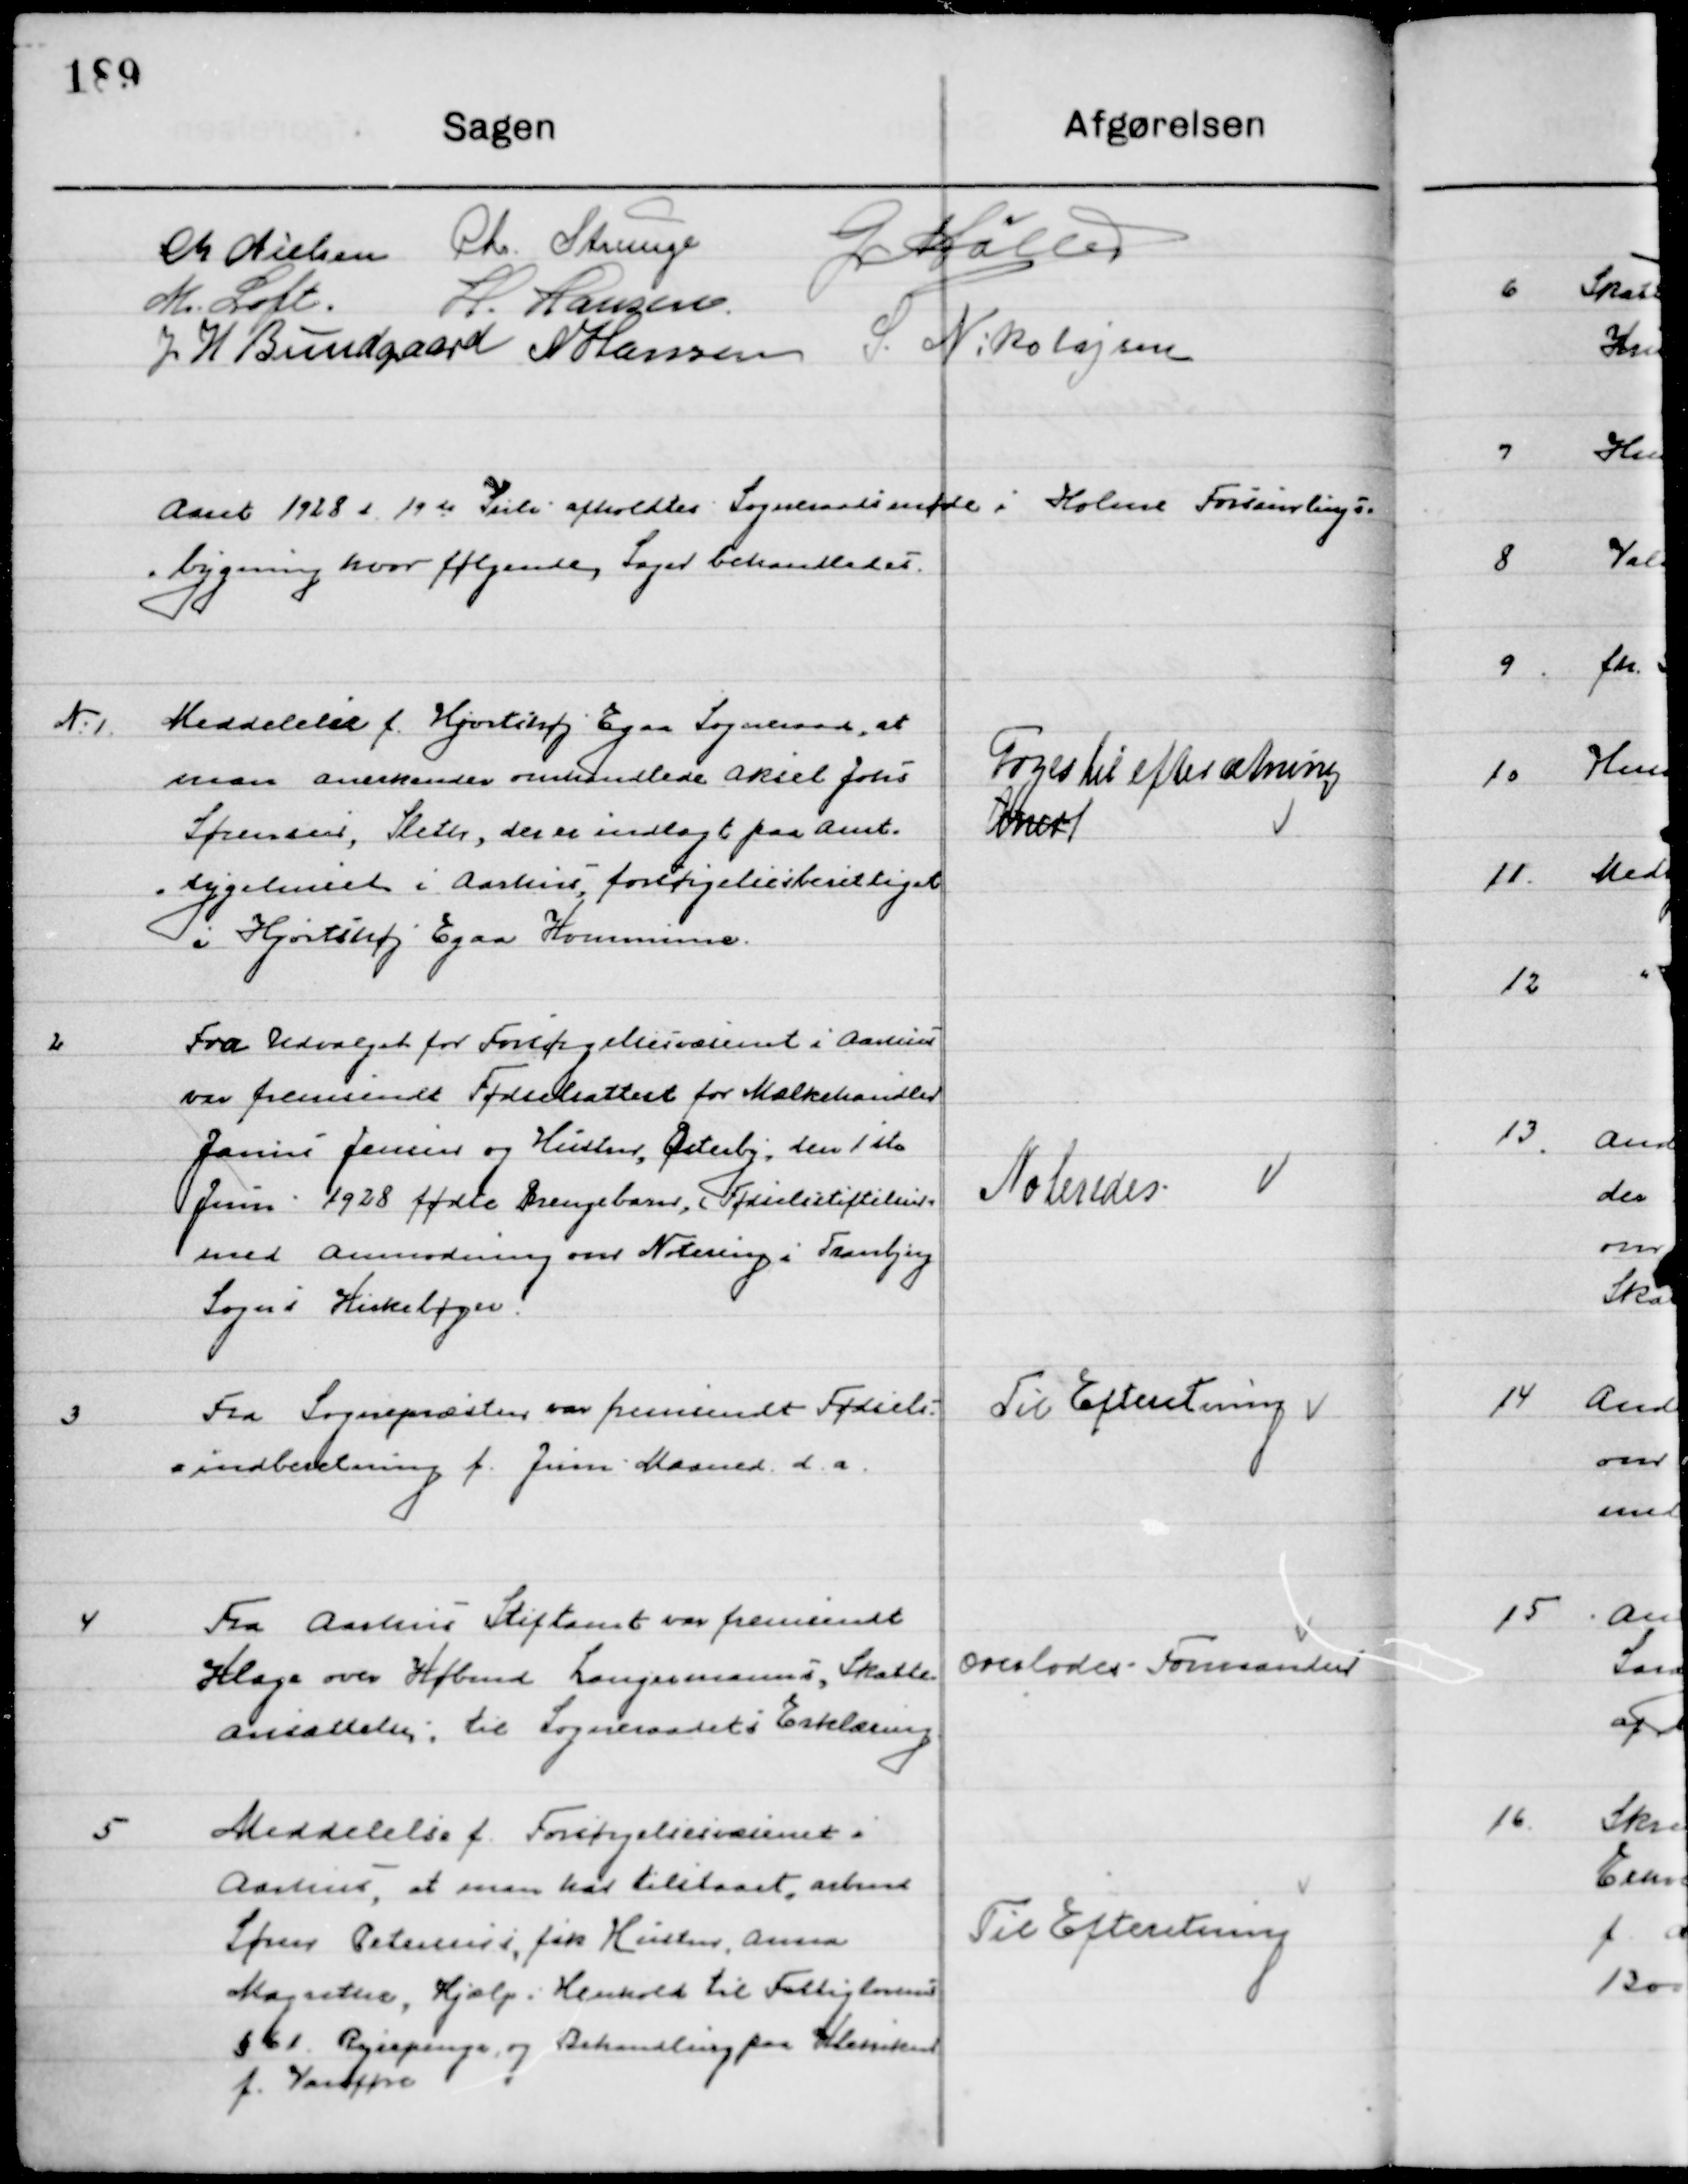
Transskription:
M. Nielsen
Chr. Strunge
G. Møller
M. Loft
H. Hansen
J. H. Bundgaard
N. Hansen
S. Nikolajsen

Aaret 1928 d. 19de juli afholdt Sogneraadsmøde i Holme Forsamlings-
bygning hvor følgende Sager behandledes.

1

Meddelelse f. Hjortshøj Egaa Sogneraad, at
at man anerkender omhandlede Aksel Johs,
Sørensen, Sleth, der er indlagt paa Amt-
sygehuset i Aarhus forsørgelsesberettiget 
i Hjortshøj Egaa Kommune.

Toges til efterretning
med

2

Fra Udvalget for Forsørgelsesvæsenet i Aarhus
var fremsendt Fødselsattest for Mælkehandler
Johannes Jensen og hustru Østerby, den 1ste
Juni 1928 fødte Drengebarn i Fødselsstiftelsen
Med Anmodning om Notering i Tranbjerg 
Sogn i Kirkebogen.

Noteredes

3

Fra Sognepræsten var fremsendt fødsels-
indberetning f. Juni Maaned d. a.

Til Efterretning

4

Fra Aarhus Stiftsamt var fremsendt
Klage over Købmd. Langermanns, Skatte-
ansættelse til Sogneraadet til Erklæring

Overlodes Formanden

5

Meddelelse f. Forsørgelsesvæsenet i 
Aarhus, at man har tilstaaet, Arbmd.
Søren Petersens, fik Kirsten Anna
Margrethe Hjælp i Henhold til Fattiglovens
§ 61 Rejsepenge og Behandling paa Sanatoriet
for Vanføre

Til Efterretning